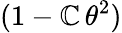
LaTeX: (1-\mathbb{C}\, \theta^{2})